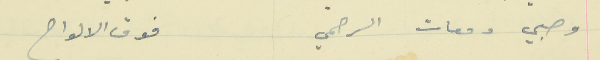
وصبي دمعات الرحمي                                  فوق الالواح